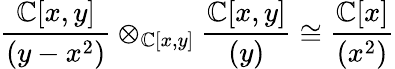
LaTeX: {\frac{\mathbb{C}[x,y]}{(y-x^{2})}}\otimes_{\mathbb{C}[x,y]}{\frac{\mathbb{C}[x,y]}{(y)}}\cong{\frac{\mathbb{C}[x]}{(x^{2})}}